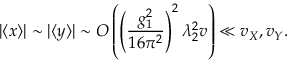
| \langle x \rangle | \sim | \langle y \rangle | \sim O \left( \left( \frac { g _ { 1 } ^ { 2 } } { 1 6 \pi ^ { 2 } } \right) ^ { 2 } \lambda _ { 2 } ^ { 2 } v \right) \ll v _ { X } , v _ { Y } .